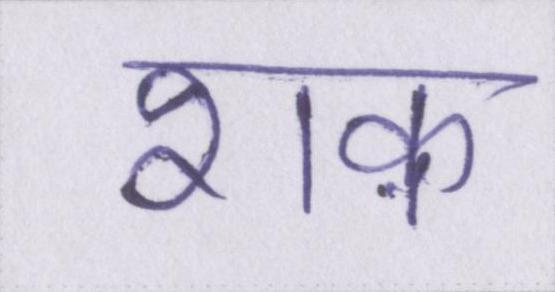
शक़